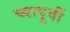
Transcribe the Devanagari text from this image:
च्यापूर्वी